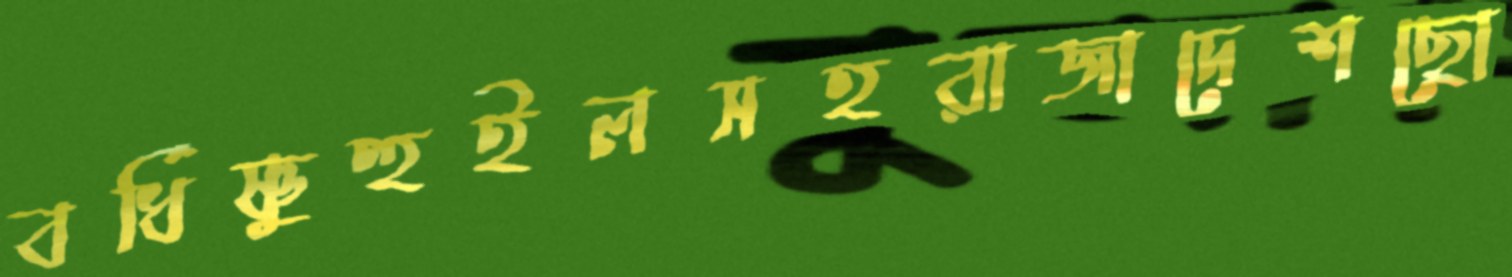
বর্ধিষ্ণুুহুইলসহরাজাদেশছো